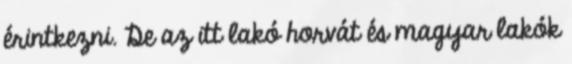
érintkezni. De az itt lakó horvát és magyar lakók